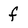
Character: f